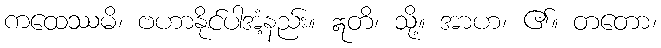
ကထေဿမိ၊ ဗဟာနိုင်ပါအံ့နည်း။ ဣတိ၊ သို့။ အာဟ၊ ၏။ တတော၊